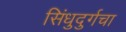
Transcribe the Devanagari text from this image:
सिंधुदुर्गचा